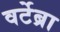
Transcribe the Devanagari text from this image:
वर्टेब्रा